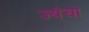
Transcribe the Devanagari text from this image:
ज्यंचा